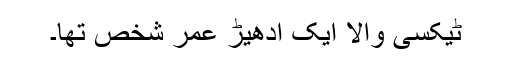
ٹیکسی والا ایک ادھیڑ عمر شخص تھا۔